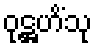
ဝုဋ္ဌဟိံသု